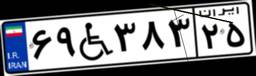
۶۹W۳۸۳۲۵